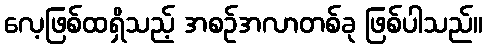
လေ့ဖြစ်ထရှိသည့် အစဉ်အလာတစ်ခု ဖြစ်ပါသည်။